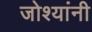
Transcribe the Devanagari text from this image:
जोश्यांनी